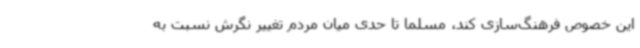
این خصوص فرهنگ‌سازی کند، مسلما تا حدی میان مردم تغییر نگرش نسبت به